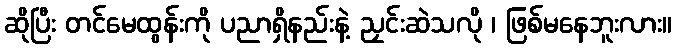
ဆိုပြီး တင်မေထွန်းကို ပညာရှိနည်းနဲ့ ညှင်းဆဲသလို ၊ ဖြစ်မနေဘူးလား။